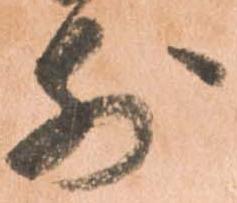
前